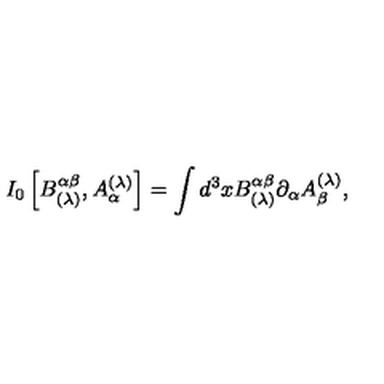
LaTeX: I _ { 0 } \left[ B _ { ( \lambda ) } ^ { \alpha \beta } , A _ { \alpha } ^ { ( \lambda ) } \right] = \int d ^ { 3 } x B _ { ( \lambda ) } ^ { \alpha \beta } \partial _ { \alpha } A _ { \beta } ^ { ( \lambda ) } ,